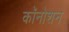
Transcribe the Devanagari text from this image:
कॉनोशन